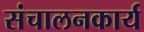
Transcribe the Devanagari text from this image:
संचालनकार्य